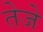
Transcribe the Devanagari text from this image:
तेजे